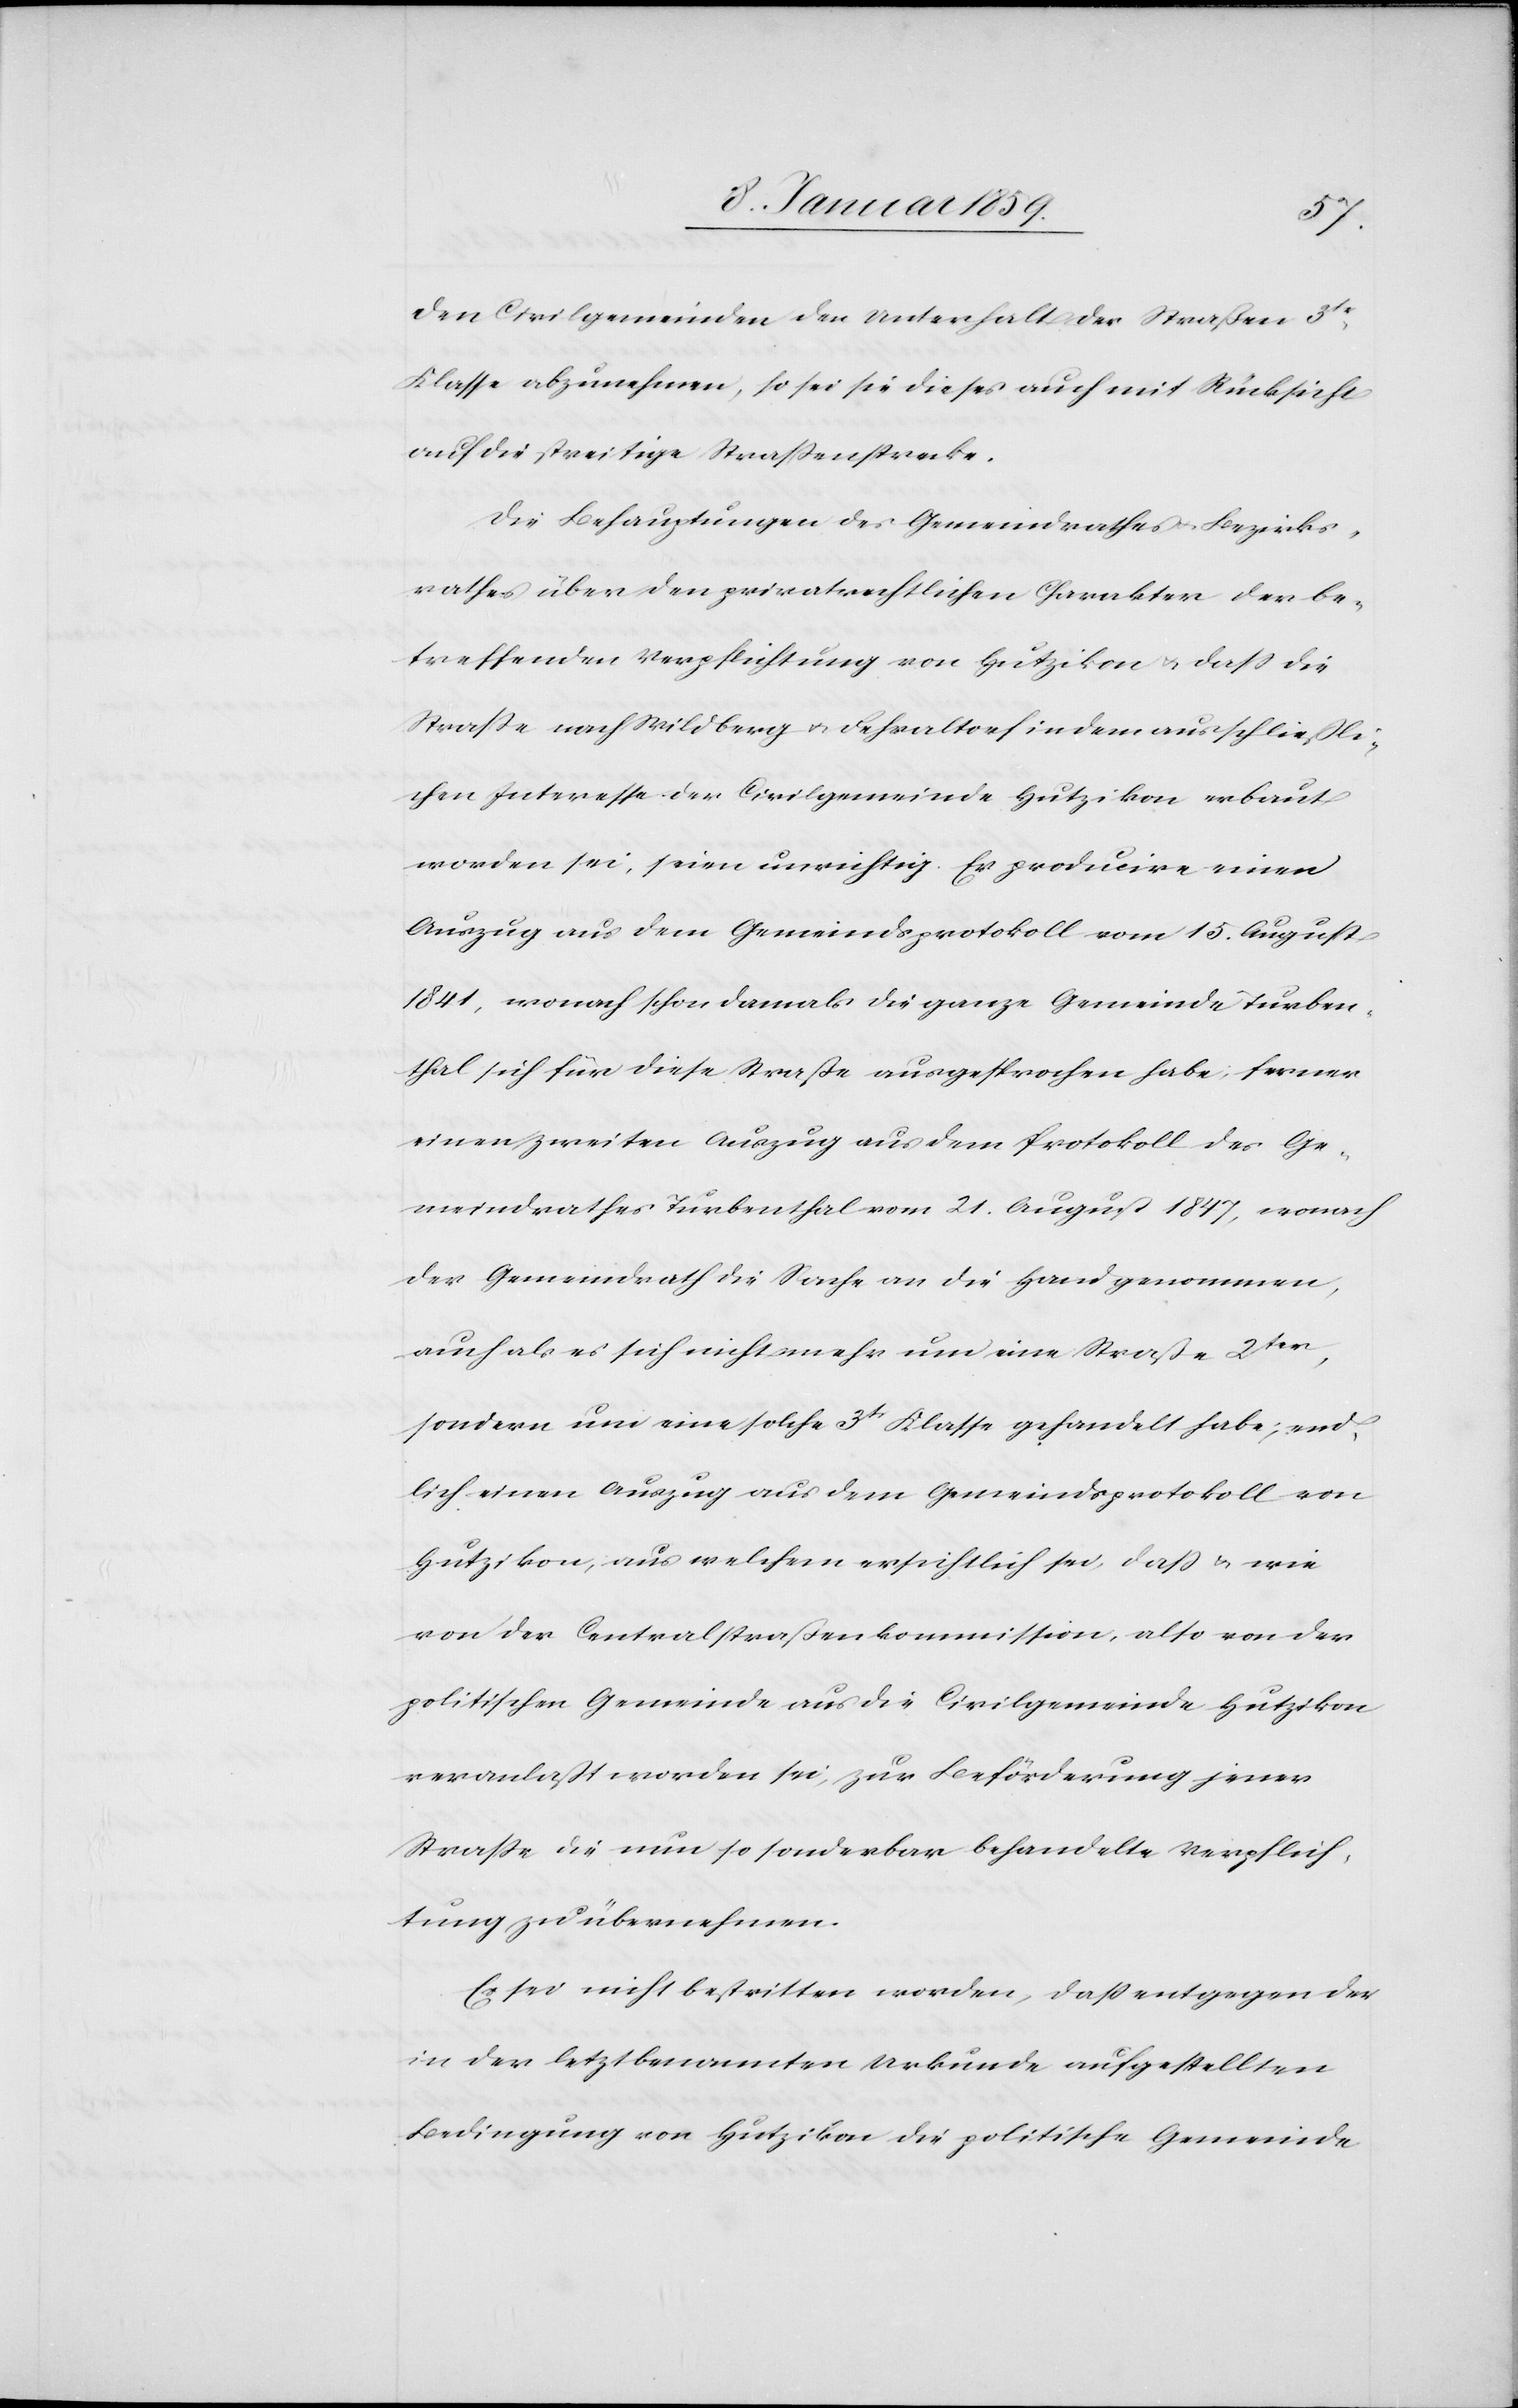
den Civilgemeinden den Unterhalt der Straßen 3tr.
Klasse abzunehmen, so sei sie dieses auch mit Rücksicht
auf die streitige Straßenstrecke.
Die Behauptungen des Gemeinderathes u. Bezirks¬
rathes über den privatrechtlichen Charakter der be¬
treffenden Verpflichtung von Hutzikon u. daß die
Straße nach Wildberg u. Fehraltorf in dem ausschließli¬
chen Interesse der Civilgemeinde Hutzikon erbaut
worden sei, seien unrichtig. Er producire einen
Auszug aus dem Gemeindsprotokoll vom 15. August
1841, wonach schon damals die ganze Gemeinde Turben¬
thal sich für diese Straße ausgesprochen habe; ferner
einen zweiten Auszug aus dem Protokoll des Ge¬
meinderathes Turbenthal vom 21. August 1847, wonach
der Gemeinderath die Sache an die Hand genommen,
auch als es sich nicht mehr um eine Straße 2ter,
sondern um eine solche 3tr Klasse gehandelt habe; end¬
lich einen Auszug aus dem Gemeindsprotokoll von
Hutzikon; aus welchem ersichtlich sei, daß u. wie
von der Centralstraßenkommission, also von der
politischen Gemeinde aus die Civilgemeinde Hutzikon
veranlaßt worden sei, zur Beförderung jener
Straße die nun so sonderbar behandelte Verpflich¬
tung zu übernehmen.
Es sei nicht bestritten worden, daß entgegen der
in den letzbenannten Urkunde aufgestellten
Bedingung von Hutzikon die politische Gemeinde